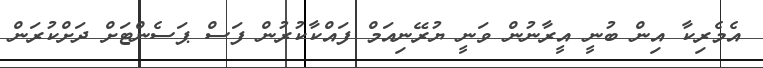
އެމެރިކާ އިން ބުނީ އީރާނުން ވަނީ ޔުރޭނިއަމް ފައްކާކުރުން ފަސް ޕަސެންޓަށް ދަށްކުރަން